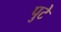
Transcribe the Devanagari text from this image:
पुटे